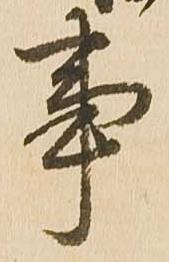
事